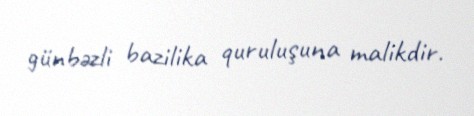
günbəzli bazilika quruluşuna malikdir.